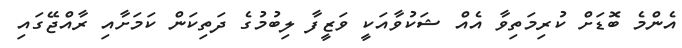
އެންމެ ބޮޑަށް ކުރިމަތިވާ އެއް ޝަކުވާއަކީ ވަޒީފާ ލިބުމުގެ ދަތިކަން ކަމަށާއި ރާއްޖޭގައި